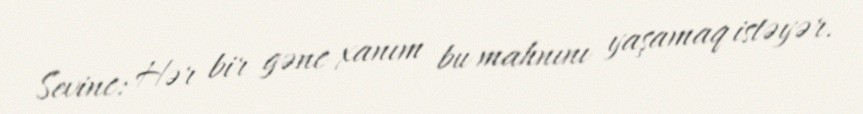
Sevinc: Hər bir gənc xanım bu mahnını yaşamaq istəyər.